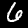
Label: 6